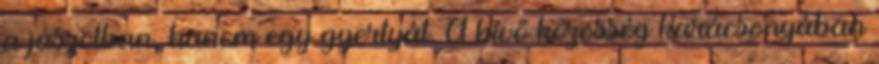
a jászolban, hanem egy gyertyát. A hívő közösség karácsonyában